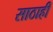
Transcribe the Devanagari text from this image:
साठाही